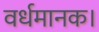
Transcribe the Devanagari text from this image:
वर्धमानक।